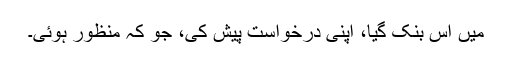
میں اس بنک گیا، اپنی درخواست پیش کی، جو کہ منظور ہوئی۔